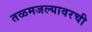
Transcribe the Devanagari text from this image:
तळमजल्यावरची